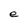
Character: e